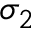
\sigma _ { 2 }